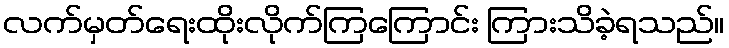
လက်မှတ်ရေးထိုးလိုက်ကြကြောင်း ကြားသိခဲ့ရသည်။